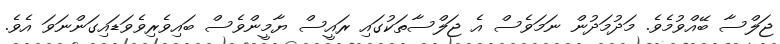
ޖަލްސާ ބޭއްވުމެވެ. މަދުމަދުން ނަމަވެސް އެ ޖަލްސާތަކުގައި ރައީސް ޔާމީންވެސް ބައިވެރިވެވަޑައިގަންނަވަ އެވެ.